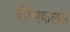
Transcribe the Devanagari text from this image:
रौप्यकलश